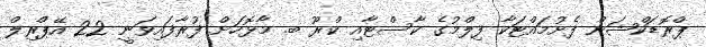
ޕްރޮޑަކްޝަން ފެށުމައްޓަކާ ފިލްމުގެ ކާސްޓާއި ކްރޫ ބ. މާޅޮހަށް ފުރާފައިވަނީ 22 އޭޕްރިލް